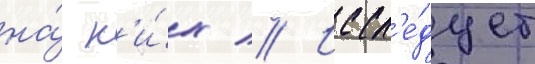
на́ н'и́х // Иссл'е́дует